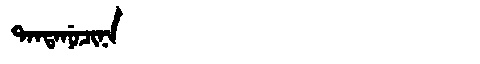
Manchu: ᡨᠠᠨᡨᠠᠨᡠᠴᡳᠨᠠ
Romanization: TANTANUCINA